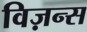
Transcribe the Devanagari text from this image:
विज़न्स